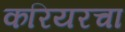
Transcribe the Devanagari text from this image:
करियरचा